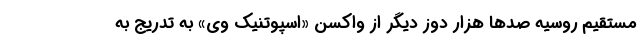
مستقیم روسیه صدها هزار دوز دیگر از واکسن «اسپوتنیک وی» به تدریج به